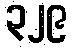
၃၂၉